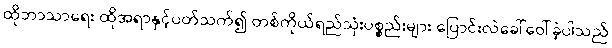
ထိုဘာသာရေး ထိုအရာနှင့်ပတ်သက်၍ တစ်ကိုယ်ရည်သုံးပစ္စည်းများ ပြောင်းလဲခေါ်ဝေါ်ခဲ့ပါသည်